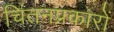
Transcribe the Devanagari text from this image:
चिंतनप्रकारों